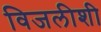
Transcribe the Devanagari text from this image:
विजलीशी